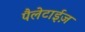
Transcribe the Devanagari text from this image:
पैलेटाईज़